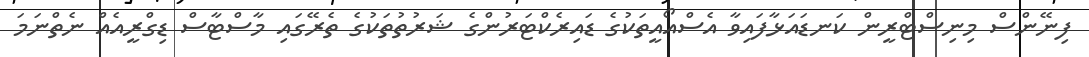
ފިނޭންސް މިނިސްޓްރީން ކަނޑައަޅާފައިވާ އެސްއޯއީތަކުގެ ޑައިރެކްޓަރުންގެ ޝަރުތުތަކުގެ ތެރޭގައި މާސްޓާސް ޑިގްރީއެއް ނެތްނަމަ